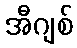
အီဂျစ်